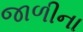
જાળીના